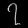
Digit: ၇